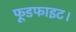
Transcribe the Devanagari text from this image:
फूडफाइट।